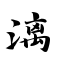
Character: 漓